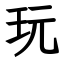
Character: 玩